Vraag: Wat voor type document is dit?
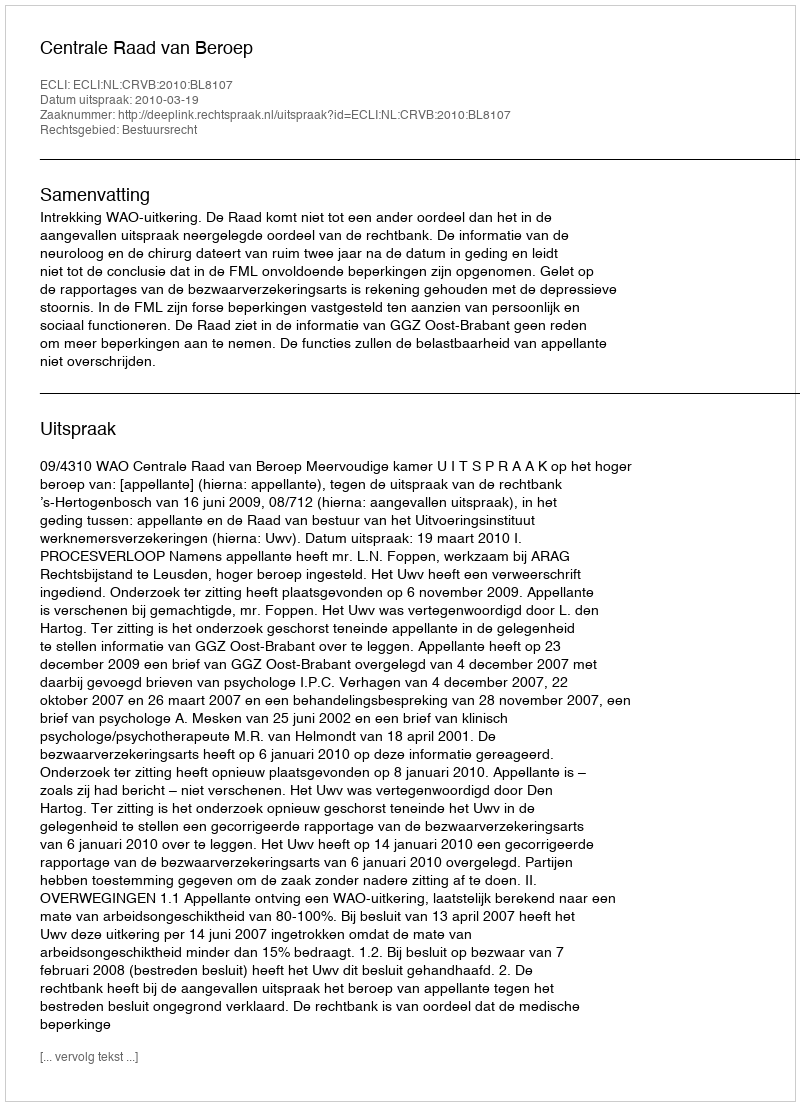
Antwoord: Uitspraak